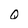
Character: Q